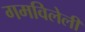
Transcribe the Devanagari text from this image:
गमविलेली